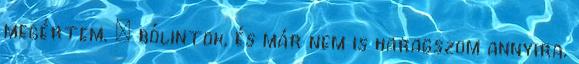
megértem. – bólintok, és már nem is haragszom annyira.